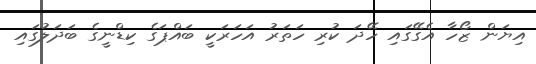
އިޔަން ޒޯހާ އެގޭގައި ހޭދަ ކުރި ހަތަރު އަހަރަކީ ބައްޕަގެ ކިޑްނީގެ ބަދަލުގައި